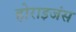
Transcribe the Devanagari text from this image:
होराइजंस